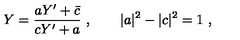
Y = { \frac { a Y ^ { \prime } + \bar { c } } { c Y ^ { \prime } + a } } \ , \qquad | a | ^ { 2 } - | c | ^ { 2 } = 1 \ ,